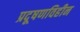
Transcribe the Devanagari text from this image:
प्रदूषणविहीन